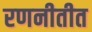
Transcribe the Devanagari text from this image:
रणनीतीत